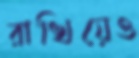
রাখিয়েও